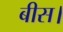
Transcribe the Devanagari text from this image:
बीस।